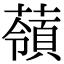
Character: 䕘